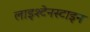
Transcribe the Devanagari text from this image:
लाइश्टेनस्टाइन